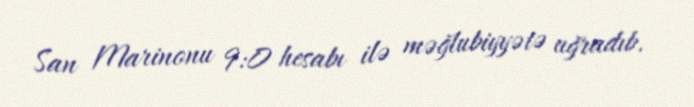
San Marinonu 9:0 hesabı ilə məğlubiyyətə uğradıb.